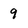
Character: 9